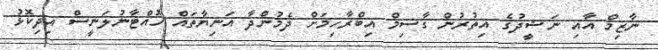
ނާޒިމް އާއި ނަޝީދުގެ އިތުރުން ގާސިމް އިބްރާހިމަށް ދެމުންދާ އަނިޔާތައް ހުއްޓާނުލަނީސް އިދިކޮޅު